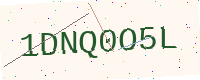
Text: 1DNQ0O5L